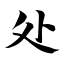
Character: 处